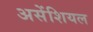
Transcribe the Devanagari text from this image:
असेंशियल